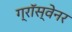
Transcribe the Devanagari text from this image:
ग्रॉस्वेनर